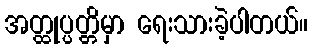
အတ္ထုပ္ပတ္တိမှာ ရေးသားခဲ့ပါတယ်။